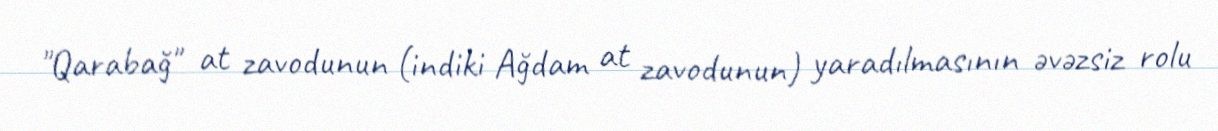
"Qarabağ" at zavodunun (indiki Ağdam at zavodunun) yaradılmasının əvəzsiz rolu